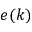
e ( k )